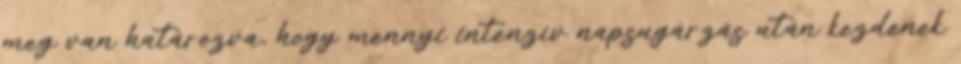
meg van határozva, hogy mennyi intenzív napsugárzás után kezdenek